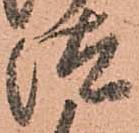
汰